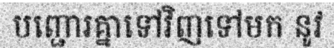
បញ្ជោរគ្នាទៅវិញទៅមក នូវ